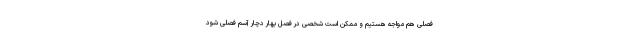
فصلی هم مواجه هستیم و ممکن است شخصی در فصل بهار دچار آسم فصلی شود